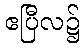
ဧပြီလ၌